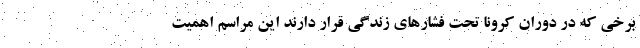
برخی که در دوران کرونا تحت فشار‌های زندگی قرار دارند این مراسم اهمیت